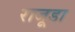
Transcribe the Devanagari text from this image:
राजूडा